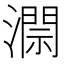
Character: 𱩐